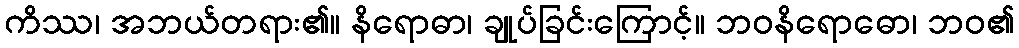
ကိဿ၊ အဘယ်တရား၏။ နိရောဓာ၊ ချုပ်ခြင်းကြောင့်။ ဘဝနိရောဓော၊ ဘဝ၏